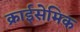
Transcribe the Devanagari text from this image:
क्राईसेमिक